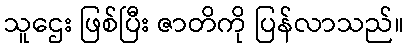
သူဌေး ဖြစ်ပြီး ဇာတိကို ပြန်လာသည်။